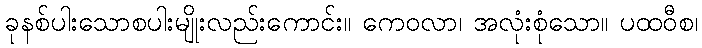
ခုနစ်ပါးသောစပါးမျိုးလည်းကောင်း။ ကေဝလာ၊ အလုံးစုံသော။ ပထဝီစ၊